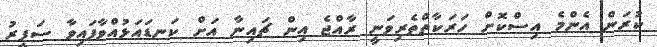
ކުރަން އެންމެ އިސްކޮށް ހަރަކާތްތެރިވަނީ ރާއްޖެ އިން ޗައިނާ އަށް ކަނޑައަޅުއްވާފައިވާ ސަފީރު